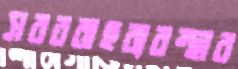
সরবরাহব্যবস্থার